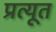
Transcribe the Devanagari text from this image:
प्रत्यूत